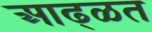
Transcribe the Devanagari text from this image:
आढ्ळत